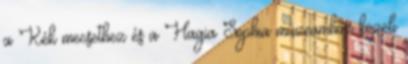
a Kék mecsethez és a Hagia Sophia múzeumhoz közeli